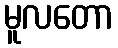
မူလတော